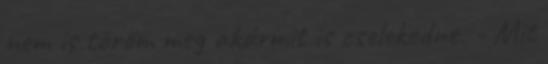
nem is töröm meg akármit is cselekedne. - Mit